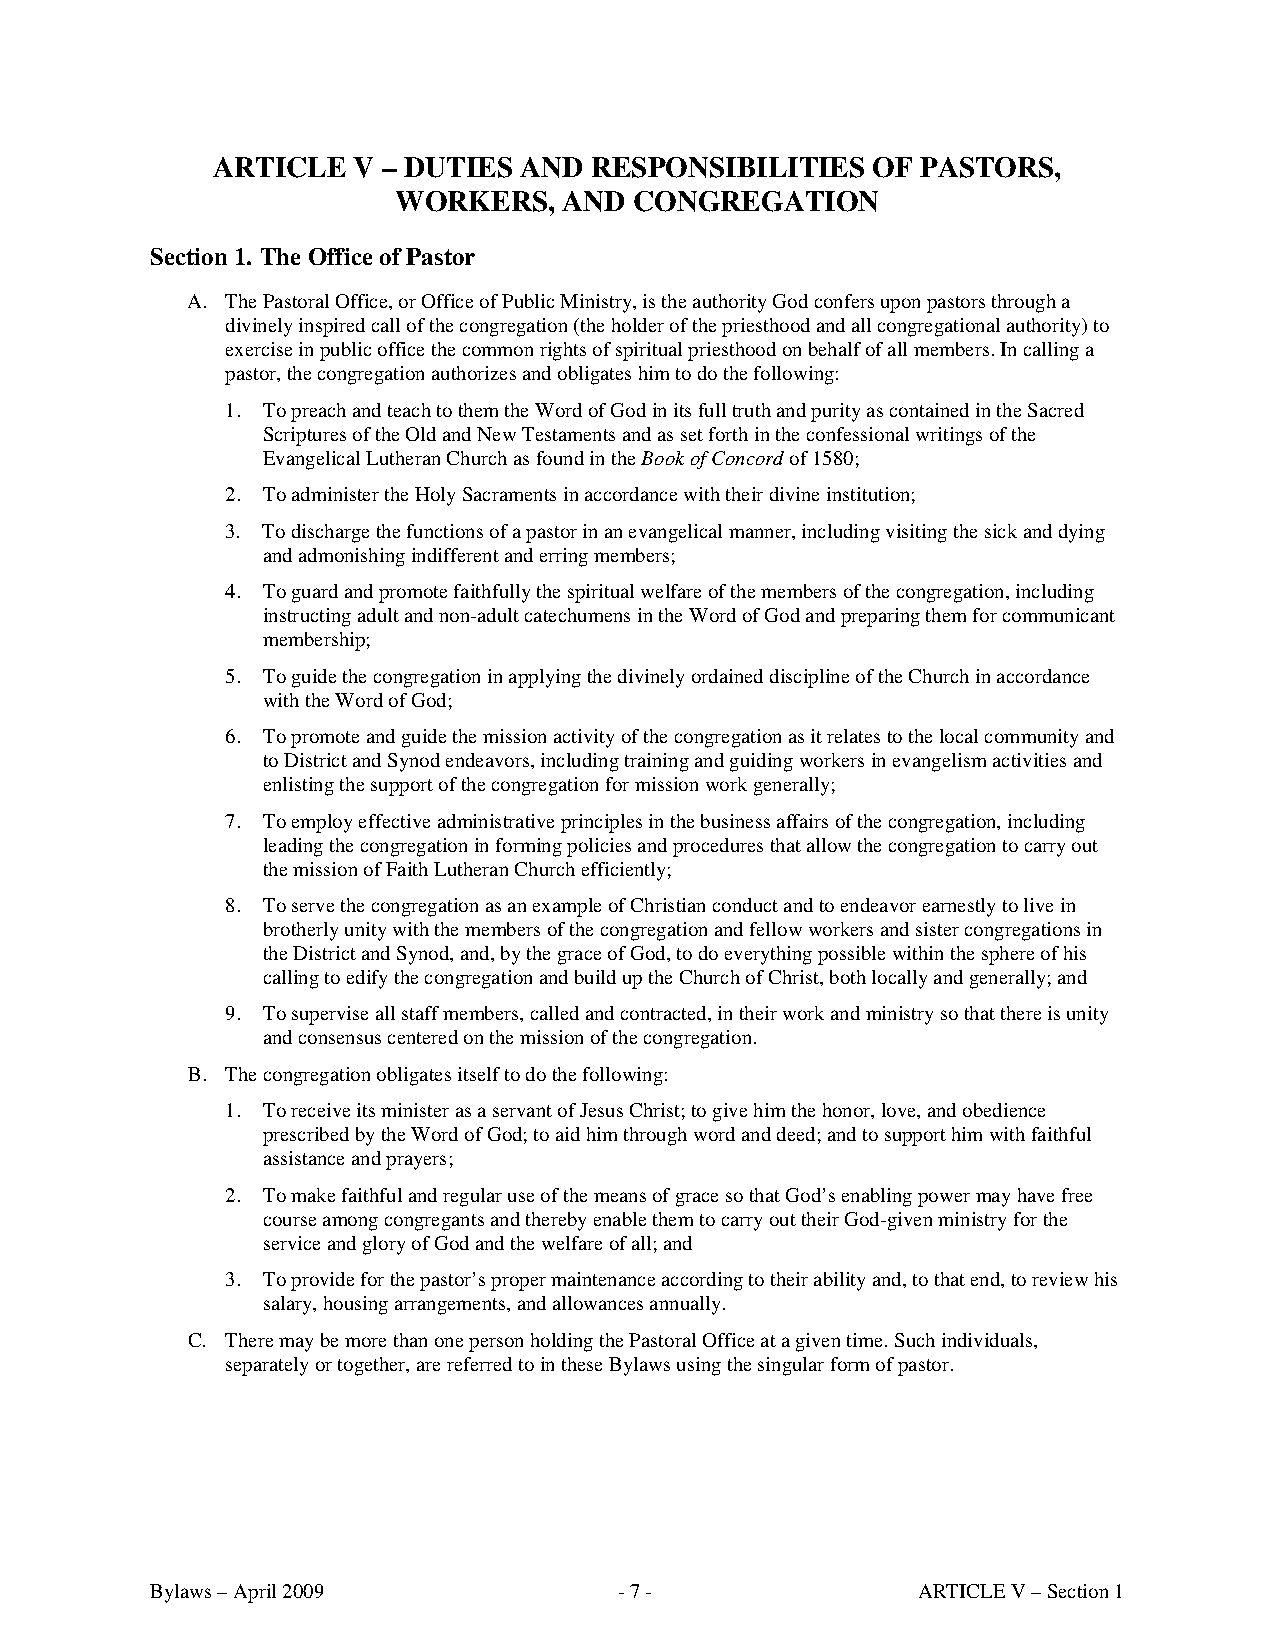
ARTICLE  V – DUTIES AND  RESPONSIBILITIES   OF PASTORS,
 WORKERS,   AND  CONGREGATION
 Section 1. The Office of Pastor
 A. The Pastoral Office, or Office of Public Ministry, is the authority God confers upon pastors through a
 divinely inspired call of the congregation (the holder of the priesthood and all congregational authority) to
 exercise in public office the common rights of spiritual priesthood on behalf of all members. In calling a
 pastor, the congregation authorizes and obligates him to do the following:
 1. To preach and teach to them the Word of God in its full truth and purity as contained in the Sacred
 Scriptures of the Old and New Testaments and as set forth in the confessional writings of the
 Evangelical Lutheran Church as found in the Book of Concord of 1580;
 2. To administer the Holy Sacraments in accordance with their divine institution;
 3. To discharge the functions of a pastor in an evangelical manner, including visiting the sick and dying
 and admonishing indifferent and erring members;
 4. To guard and promote faithfully the spiritual welfare of the members of the congregation, including
 instructing adult and non-adult catechumens in the Word of God and preparing them for communicant
 membership;
 5. To guide the congregation in applying the divinely ordained discipline of the Church in accordance
 with the Word of God;
 6. To promote and guide the mission activity of the congregation as it relates to the local community and
 to District and Synod endeavors, including training and guiding workers in evangelism activities and
 enlisting the support of the congregation for mission work generally;
 7. To employ effective administrative principles in the business affairs of the congregation, including
 leading the congregation in forming policies and procedures that allow the congregation to carry out
 the mission of Faith Lutheran Church efficiently;
 8. To serve the congregation as an example of Christian conduct and to endeavor earnestly to live in
 brotherly unity with the members of the congregation and fellow workers and sister congregations in
 the District and Synod, and, by the grace of God, to do everything possible within the sphere of his
 calling to edify the congregation and build up the Church of Christ, both locally and generally; and
 9. To supervise all staff members, called and contracted, in their work and ministry so that there is unity
 and consensus centered on the mission of the congregation.
 B. The congregation obligates itself to do the following:
 1. To receive its minister as a servant of Jesus Christ; to give him the honor, love, and obedience
 prescribed by the Word of God; to aid him through word and deed; and to support him with faithful
 assistance and prayers;
 2. To make faithful and regular use of the means of grace so that God’s enabling power may have free
 course among congregants and thereby enable them to carry out their God-given ministry for the
 service and glory of God and the welfare of all; and
 3. To provide for the pastor’s proper maintenance according to their ability and, to that end, to review his
 salary, housing arrangements, and allowances annually.
 C. There may be more than one person holding the Pastoral Office at a given time. Such individuals,
 separately or together, are referred to in these Bylaws using the singular form of pastor.
 Bylaws – April 2009            - 7 -               ARTICLE V – Section 1